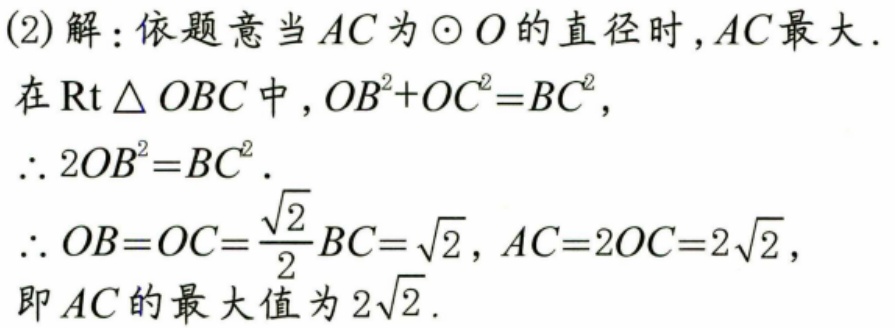
(2)解：依题意当\(AC\)为\(\odot O\)的直径时，\(AC\)最大．
在\(\text{Rt}\triangle OBC\)中，\(OB^{2}+OC^{2}=BC^{2}\)，
\(\therefore 2OB^{2}=BC^{2}\)．
\(\therefore OB = OC=\frac{\sqrt{2}}{2}BC=\sqrt{2}\)，\(AC = 2OC=2\sqrt{2}\)，
即\(AC\)的最大值为\(2\sqrt{2}\)．